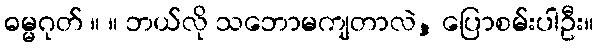
ဓမ္မဂုတ် ။ ။ ဘယ်လို သဘောမကျတာလဲ, ပြောစမ်းပါဦး။